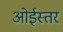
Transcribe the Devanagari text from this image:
ओईस्तर